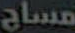
مساج